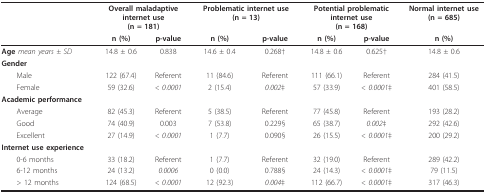
<table><thead><tr><td></td><td colspan="2"><b>Overall maladaptiveinternet use(n = 181)</b></td><td colspan="2"><b>Problematic internet use(n = 13)</b></td><td colspan="2"><b>Potential problematicinternet use(n = 168)</b></td><td><b>Normal internet use(n = 685)</b></td></tr><tr><td></td><td><b>n (%)</b></td><td><b>p-value</b></td><td><b>n (%)</b></td><td><b>p-value</b></td><td><b>n (%)</b></td><td><b>p-value</b></td><td><b>n (%)</b></td></tr></thead><tbody><tr><td><b>Age </b><i>mean years ± SD</i></td><td>14.8 ± 0.6</td><td>0.838</td><td>14.6 ± 0.4</td><td>0.268†</td><td>14.8 ± 0.6</td><td>0.625†</td><td>14.8 ± 0.6</td></tr><tr><td><b>Gender</b></td><td></td><td></td><td></td><td></td><td></td><td></td><td></td></tr><tr><td> Male</td><td>122 (67.4)</td><td>Referent</td><td>11 (84.6)</td><td>Referent</td><td>111 (66.1)</td><td>Referent</td><td>284 (41.5)</td></tr><tr><td> Female</td><td>59 (32.6)</td><td><i>&lt; 0.0001</i></td><td>2 (15.4)</td><td><i>0.002</i>‡</td><td>57 (33.9)</td><td><i>&lt; 0.0001</i>‡</td><td>401 (58.5)</td></tr><tr><td><b>Academic performance</b></td><td></td><td></td><td></td><td></td><td></td><td></td><td></td></tr><tr><td> Average</td><td>82 (45.3)</td><td>Referent</td><td>5 (38.5)</td><td>Referent</td><td>77 (45.8)</td><td>Referent</td><td>193 (28.2)</td></tr><tr><td> Good</td><td>74 (40.9)</td><td>0.003</td><td>7 (53.8)</td><td>0.229§</td><td>65 (38.7)</td><td><i>0.002</i>‡</td><td>292 (42.6)</td></tr><tr><td> Excellent</td><td>27 (14.9)</td><td><i>&lt; 0.0001</i></td><td>1 (7.7)</td><td>0.090§</td><td>26 (15.5)</td><td><i>&lt; 0.0001</i>‡</td><td>200 (29.2)</td></tr><tr><td><b>Internet use experience</b></td><td></td><td></td><td></td><td></td><td></td><td></td><td></td></tr><tr><td> 0-6 months</td><td>33 (18.2)</td><td>Referent</td><td>1 (7.7)</td><td>Referent</td><td>32 (19.0)</td><td>Referent</td><td>289 (42.2)</td></tr><tr><td> 6-12 months</td><td>24 (13.2)</td><td><i>0.0006</i></td><td>0 (0.0)</td><td>0.788§</td><td>24 (14.3)</td><td><i>&lt; 0.0001</i>‡</td><td>79 (11.5)</td></tr><tr><td> &gt; 12 months</td><td>124 (68.5)</td><td><i>&lt; 0.0001</i></td><td>12 (92.3)</td><td><i>0.004</i>‡</td><td>112 (66.7)</td><td><i>&lt; 0.0001</i>‡</td><td>317 (46.3)</td></tr></tbody></table>